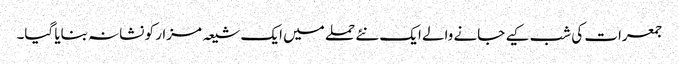
جمعرات کی شب کیے جانے والے ایک نئے حملے میں ایک شیعہ مزار کو نشانہ بنایا گیا۔